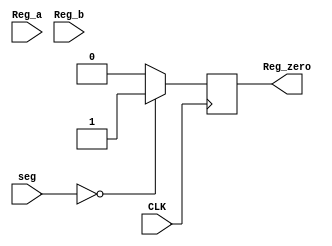

//discription:
//Reg_zero shows whether seg is zero.

module Zero_Flag(CLK,Reg_a,Reg_b,seg,Reg_zero);
input [7:0] Reg_a;
input [7:0] Reg_b;
input [7:0] seg;
input CLK;
output reg Reg_zero;
//reg [7:0] s;
always@(posedge CLK)
  if (seg==0)
  Reg_zero=1;
  else Reg_zero=0;
endmodule